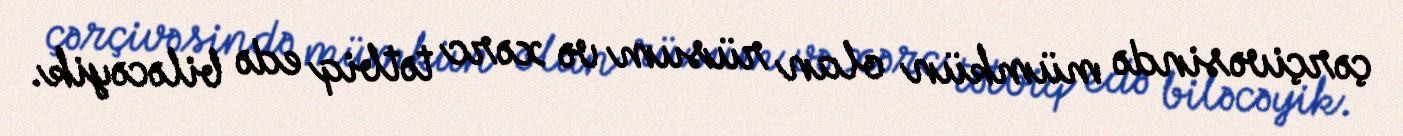
çərçivəsində mümkün olan rüsum və xərc tətbiq edə biləcəyik.